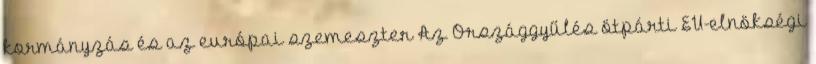
kormányzás és az európai szemeszter Az Országgyűlés ötpárti EU-elnökségi